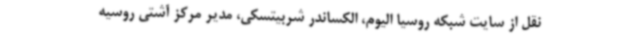
نقل از سایت شبکه روسیا الیوم، الکساندر شربیتسکی، مدیر مرکز آشتی روسیه